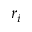
r _ { i }